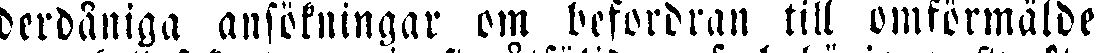
derdåniga ansökningar om befordran till omförmälde